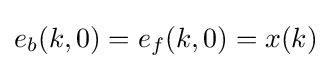
e_{b}(k,0)=e_{f}(k,0)=x(k)\,\!